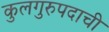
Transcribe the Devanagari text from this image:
कुलगुरुपदाची